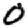
Digit: 0